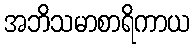
အဘိသမာစာရိကာယ